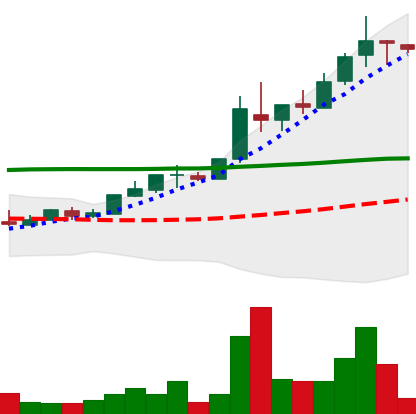
Ticker: TRX-USD
Chart end date: 2018-05-02
Forward return: -9.093%
Label: down_7plus